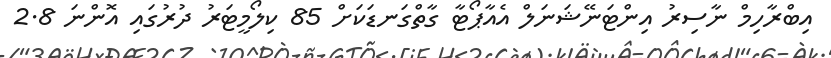
އިބްރާހިމް ނާސިރު އިންޓަނޭޝަނަލް އެއާޕޯޓާ ގާތްގަނޑަކަށް 85 ކިލޯމީޓަރު ދުރުގައި އޮންނަ 2.8